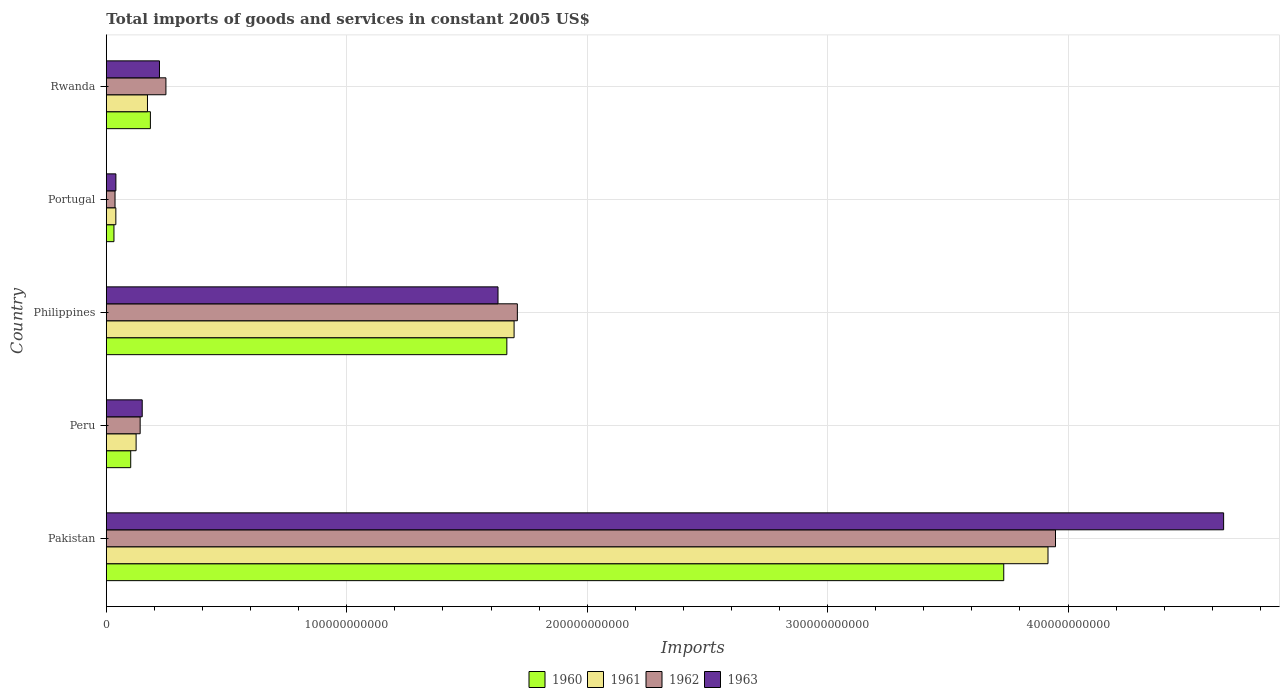
| Country | 1960 | 1961 | 1962 | 1963 |
 | --- | --- | --- | --- | --- |
 | Pakistan | 3.73e+11 | 3.92e+11 | 3.95e+11 | 4.65e+11 |
 | Peru | 1.01e+10 | 1.24e+10 | 1.41e+10 | 1.49e+10 |
 | Philippines | 1.67e+11 | 1.7e+11 | 1.71e+11 | 1.63e+11 |
 | Portugal | 3.17e+09 | 3.96e+09 | 3.62e+09 | 3.98e+09 |
 | Rwanda | 1.83e+10 | 1.71e+10 | 2.48e+10 | 2.21e+10 |